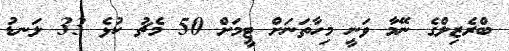
ބްރެޒިލްގެ ނޭމާ ވަނީ މިހާތަނަށް ޓީމަށް 50 މެޗު ކުޅެ 33 ލަނޑު